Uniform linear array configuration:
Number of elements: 16
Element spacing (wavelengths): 0.75
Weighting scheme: kaiser
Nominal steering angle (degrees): -15
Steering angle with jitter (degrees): -13.845
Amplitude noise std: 0.05
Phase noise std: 0.05

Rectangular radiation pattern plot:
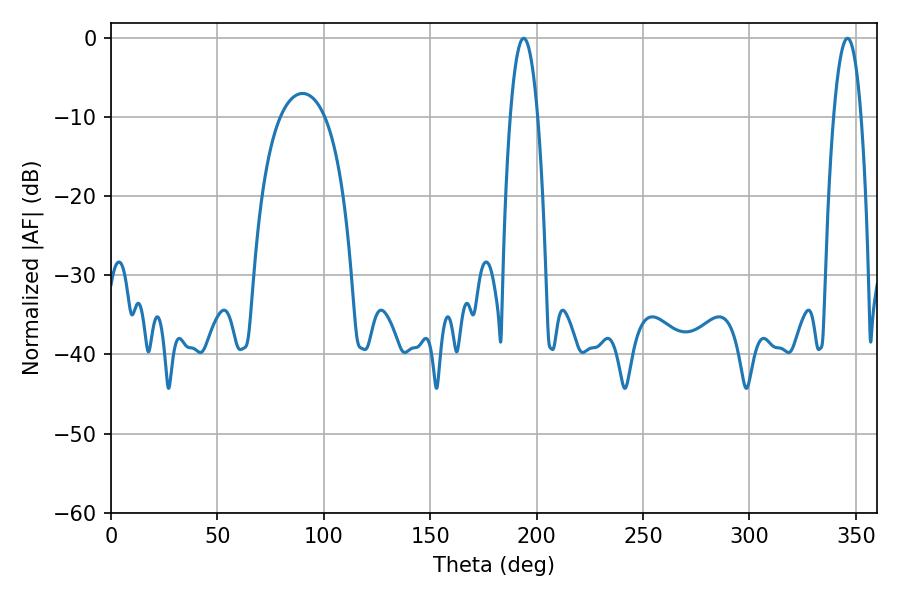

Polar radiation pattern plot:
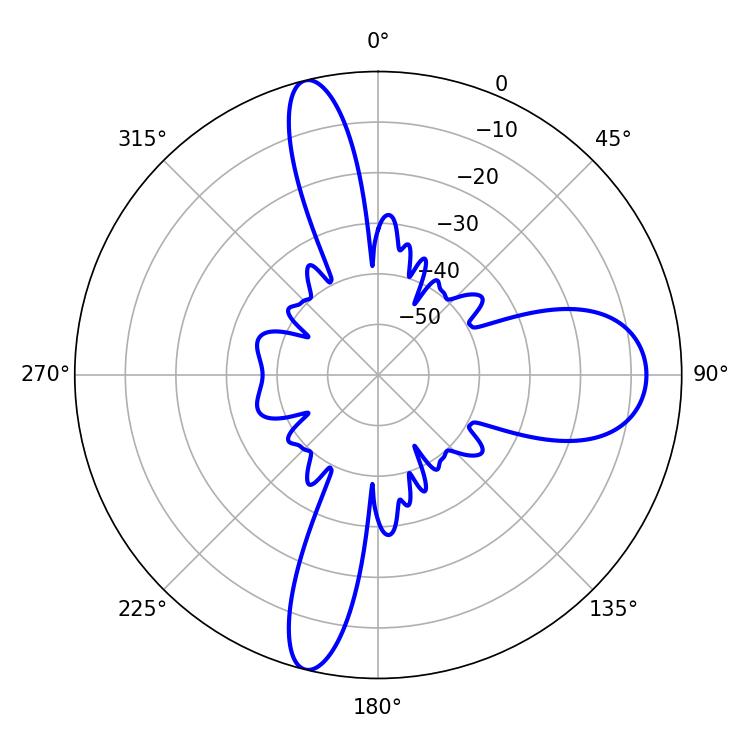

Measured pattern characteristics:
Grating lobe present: TRUE
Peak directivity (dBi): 23.321
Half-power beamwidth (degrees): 7.02
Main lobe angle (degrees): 346.14